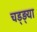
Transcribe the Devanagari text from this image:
चड्ड़्या